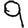
Digit: 9